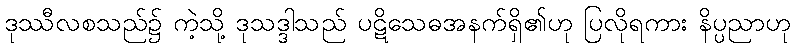
ဒုဿီလစသည်၌ ကဲ့သို့ ဒုသဒ္ဒါသည် ပဋိသေဓအနက်ရှိ၏ဟု ပြလိုရကား နိပ္ပညာဟု